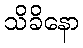
သိခိနော